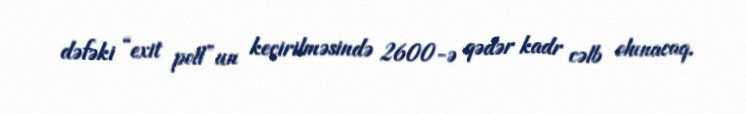
dəfəki “exit poll”un keçirilməsində 2600-ə qədər kadr cəlb olunacaq.